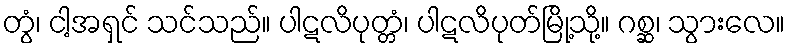
တွံ၊ ငါ့အရှင် သင်သည်။ ပါဋလိပုတ္တံ၊ ပါဋလိပုတ်မြို့သို့။ ဂစ္ဆ၊ သွားလေ။